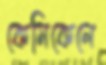
কেমিকেলে